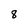
Character: 8